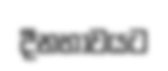
දීනභාවයට